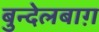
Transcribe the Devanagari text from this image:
बुन्देलबाग़